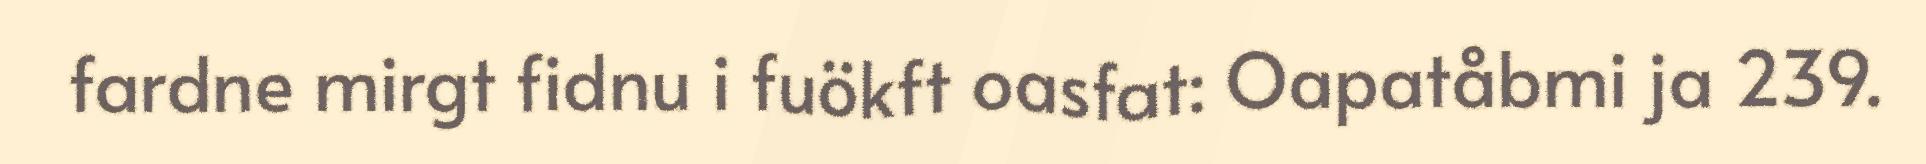
fardne mirgt fidnu i fuökft oasfat: Oapatåbmi ja 239.